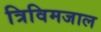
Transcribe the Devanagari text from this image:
त्रिविमजाल